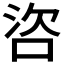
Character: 𪡌